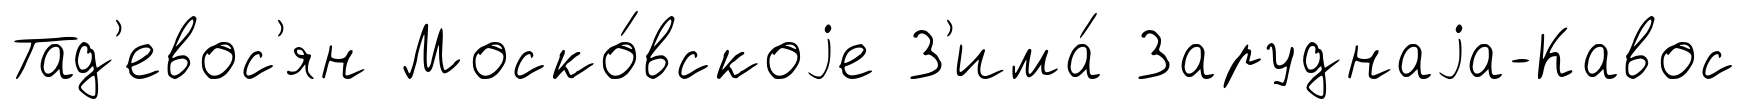
Тад'евос'ян Моско́вскоjе З'има́ Заруднаjа-Кавос